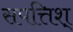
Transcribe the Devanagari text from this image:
सपत्तिश्